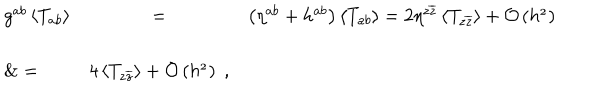
\begin{array} { l c l } { { g ^ { a b } \left< T _ { a b } \right> } } & { { = } } & { { \left( \eta ^ { a b } + h ^ { a b } \right) \left< T _ { a b } \right> = 2 \eta ^ { z \overline { { z } } } \left< T _ { z \overline { { z } } } \right> + \cal O \left( h ^ { 2 } \right) } } \\ { { \& = } } & { { 4 \left< T _ { z \overline { { z } } } \right> + \cal O \left( h ^ { 2 } \right) \; , } } \\ \end{array}